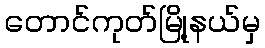
တောင်ကုတ်မြို့နယ်မှ